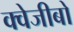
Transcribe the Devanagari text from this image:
क्वेजीबो